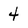
Character: 4